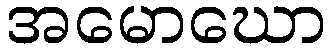
အမောဃော